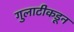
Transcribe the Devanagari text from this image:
गुलाटीकडून